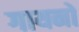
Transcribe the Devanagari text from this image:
गायनों